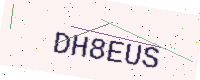
Text: DH8EUS